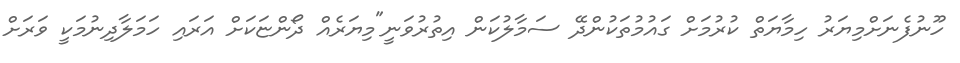
ހޫނުފެނަށްމިޔަރު ހިމާޔަތް ކުރުމަށް ގައުމުތަކުންދޭ ސަމާލުކަން އިތުރުވަނީ"މިޔަރެއް ދޯންޏަކަށް އަރައި ހަމަލާދިނުމަކީ ވަރަށް